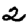
Digit: 2